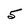
Character: 5